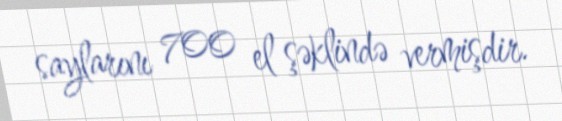
saylarını 700 el şəklində vermişdir.